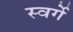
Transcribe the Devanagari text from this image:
स्वर्गे